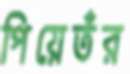
পিয়েতঁর